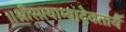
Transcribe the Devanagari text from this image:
॥श्रीसत्याम्बादेवतायै